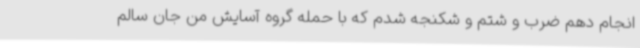
انجام دهم ضرب و شتم و شکنجه شدم که با حمله گروه آسایش من جان سالم